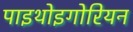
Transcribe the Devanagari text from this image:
पाइथोइगोरियन